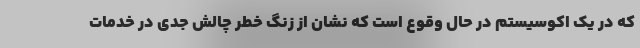
که در یک اکوسیستم در حال وقوع است که نشان از زنگ خطر چالش جدی در خدمات